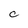
Character: C